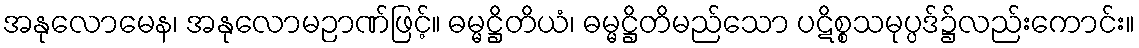
အနုလောမေန၊ အနုလောမဉာဏ်ဖြင့်။ ဓမ္မဋ္ဌိတိယံ၊ ဓမ္မဋ္ဌိတိမည်သော ပဋိစ္စသမုပ္ပဒ်၌လည်းကောင်း။